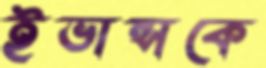
ইভান্সকে